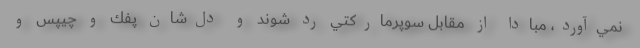
نمي‌آورد، مبادا از مقابل سوپرماركتي رد شوند و دل‌شان پفك و چيپس و